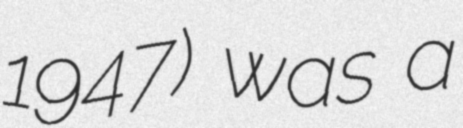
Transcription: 1947) was a